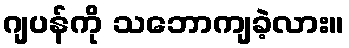
ဂျပန်ကို သဘောကျခဲ့လား။